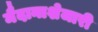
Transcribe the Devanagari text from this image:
मैदानाशेजारी